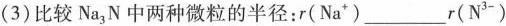
(3)比较Na_{3}N中两种微粒的半径：r(Na^{+})___r(Na^{3-})